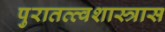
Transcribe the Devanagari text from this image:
पुरातत्त्वशास्त्रास